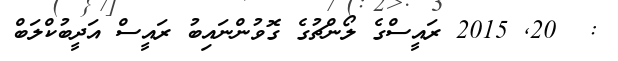
:  20